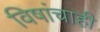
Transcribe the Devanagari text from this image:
विषांचाही